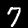
Label: 7